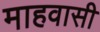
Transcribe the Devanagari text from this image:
माहवासी